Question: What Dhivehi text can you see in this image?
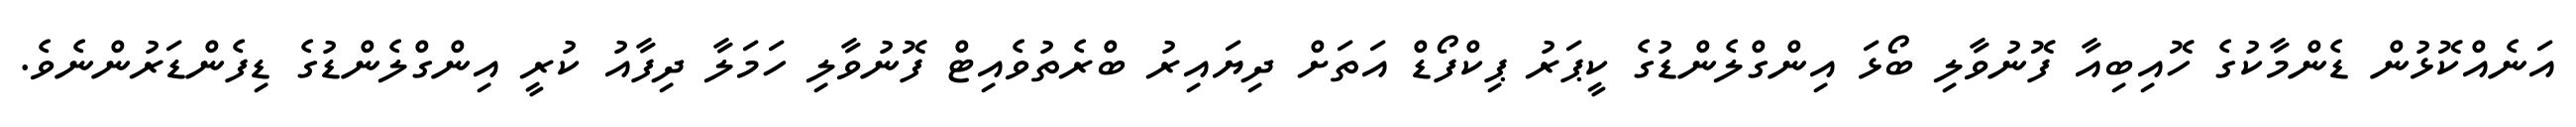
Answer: އަނެއްކޮޅުން ޑެންމާކުގެ ހޮއިބިއާ ފޮނުވާލި ބޯޅަ އިންގްލެންޑުގެ ކީޕަރު ޕިކްފޯޑް އަތަށް ދިޔައިރު ބްރެތުވެއިޓް ފޮނުވާލި ހަމަލާ ދިފާއު ކުރީ އިންގްލެންޑުގެ ޑިފެންޑަރުންނެވެ.